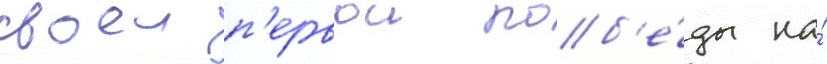
своеи п'ервои поб'е́ды на́